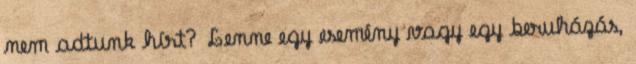
nem adtunk hírt? Lenne egy esemény vagy egy beruházás,